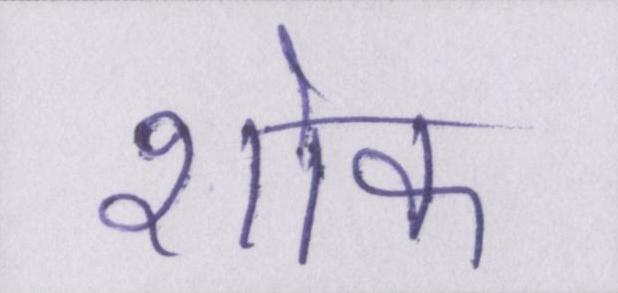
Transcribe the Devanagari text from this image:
शोक